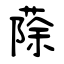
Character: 蒢